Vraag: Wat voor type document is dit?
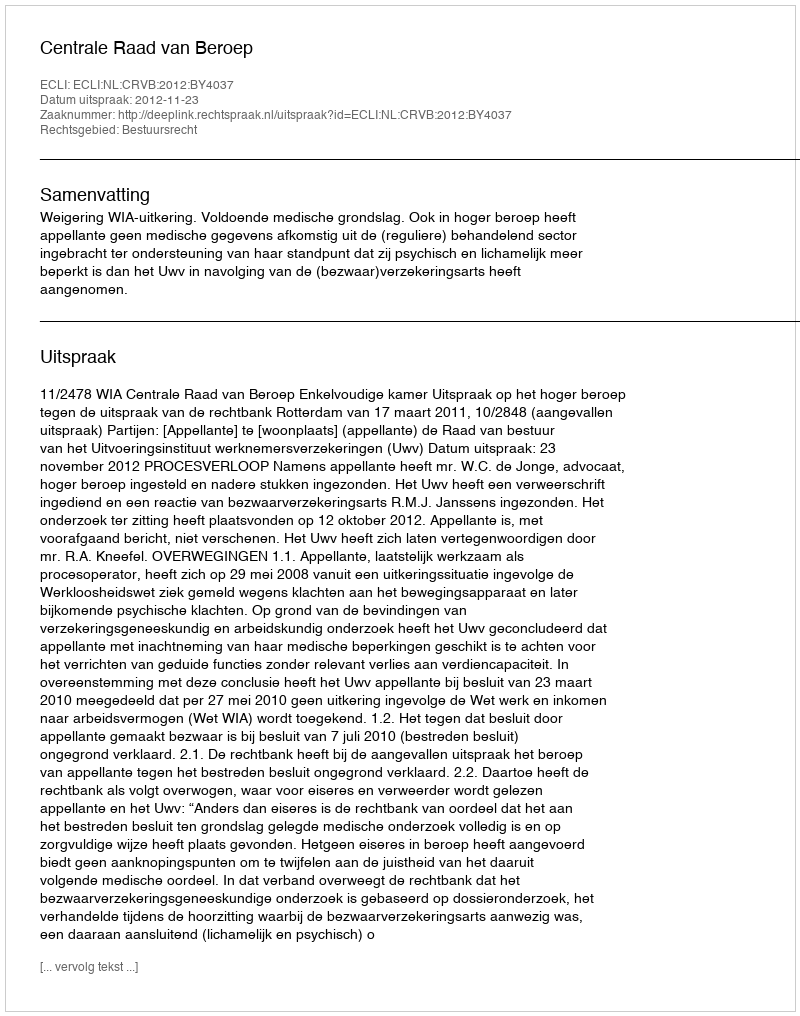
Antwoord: Uitspraak